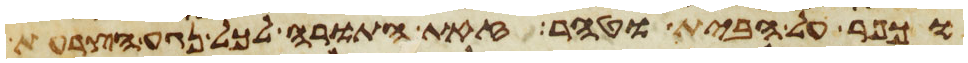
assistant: וכפר על הבית וטהר זאת התורה לכל נגע הצרעת